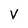
Character: V